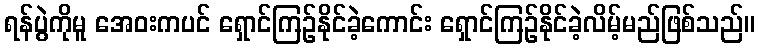
ရန်ပွဲကိုမူ အေဝးကပင် ရှောင်ကြဉ်နိုင်ခဲ့ကောင်း ရှောင်ကြဉ်နိုင်ခဲ့လိမ့်မည်ဖြစ်သည်။